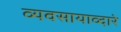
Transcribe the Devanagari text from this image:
व्यवसायाव्दारे